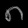
Digit: ၈